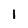
Character: l